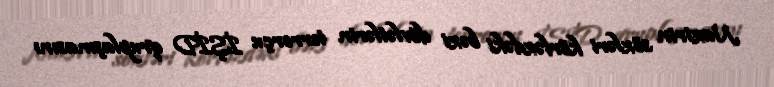
Nazirin sözləri körfəzdəki bəzi dövlətlərin terrorçu İŞİD qruplaşmasını